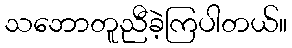
သဘောတူညီခဲ့ကြပါတယ်။